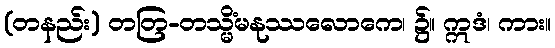
(တနည်း) တတြ-တသ္မိံမနုဿလောကေ၊ ၌။ ဣဒံ၊ ကား။